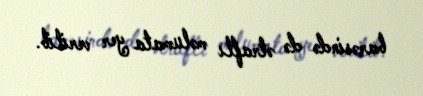
barəsində də ətraflı məlumata yer verilib.